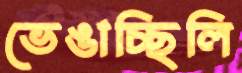
ভেঙাচ্ছিলি